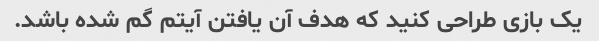
یک بازی طراحی کنید که هدف آن یافتن آیتم گم شده باشد.